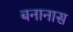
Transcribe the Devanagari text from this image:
बनानास